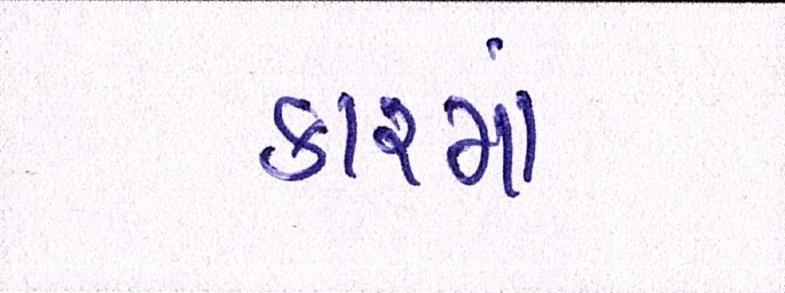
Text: કારમાં